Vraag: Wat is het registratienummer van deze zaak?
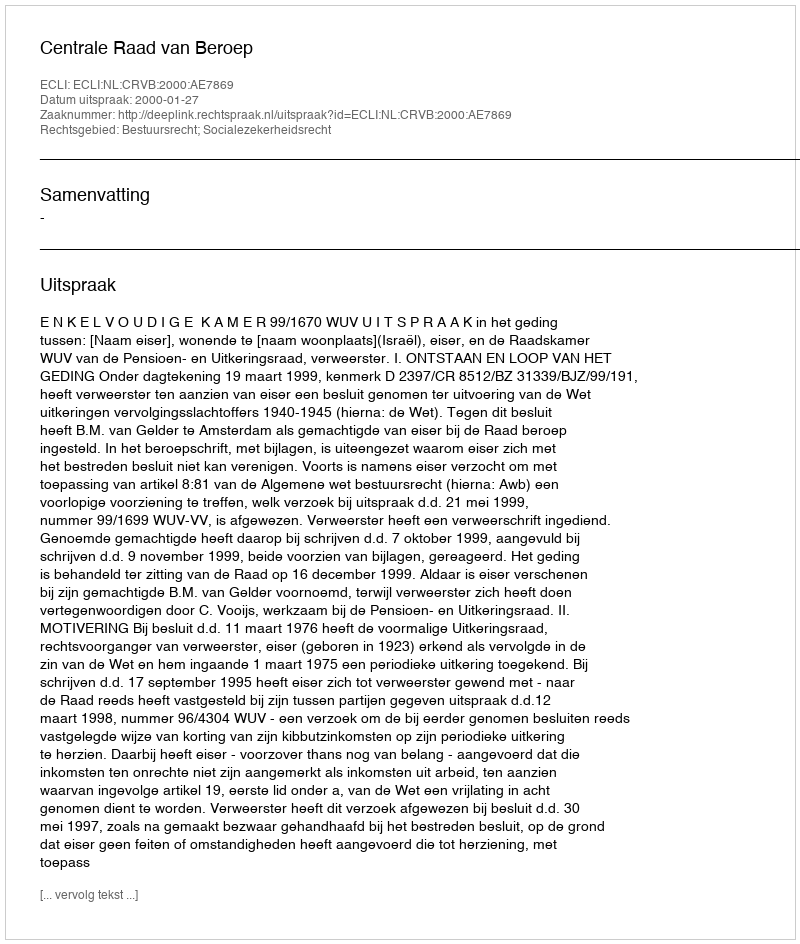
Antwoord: http://deeplink.rechtspraak.nl/uitspraak?id=ECLI:NL:CRVB:2000:AE7869